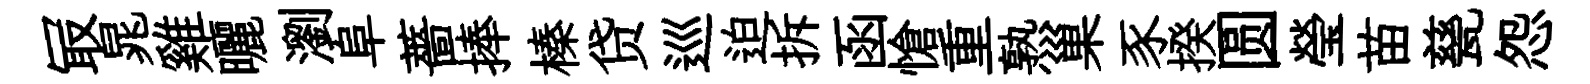
冣晁雞曬瀏阜薔捧榛贷巡迫拆函愴重熟巢豕揆圆瑩苗甆怨